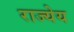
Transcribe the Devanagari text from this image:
राज्येय